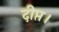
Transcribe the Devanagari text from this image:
दीप्त।